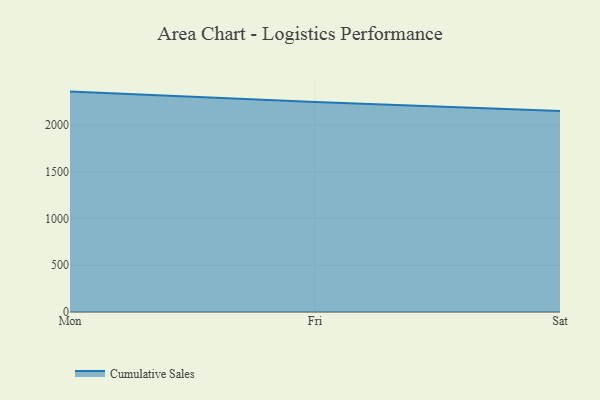
{"axis": {"x": "Day", "y": "Headcount"}, "legend": ["Cumulative Sales"], "data": [{"x": "Mon", "y": 2358.0, "type": "Cumulative Sales"}, {"x": "Fri", "y": 2247.5, "type": "Cumulative Sales"}, {"x": "Sat", "y": 2151.4, "type": "Cumulative Sales"}]}